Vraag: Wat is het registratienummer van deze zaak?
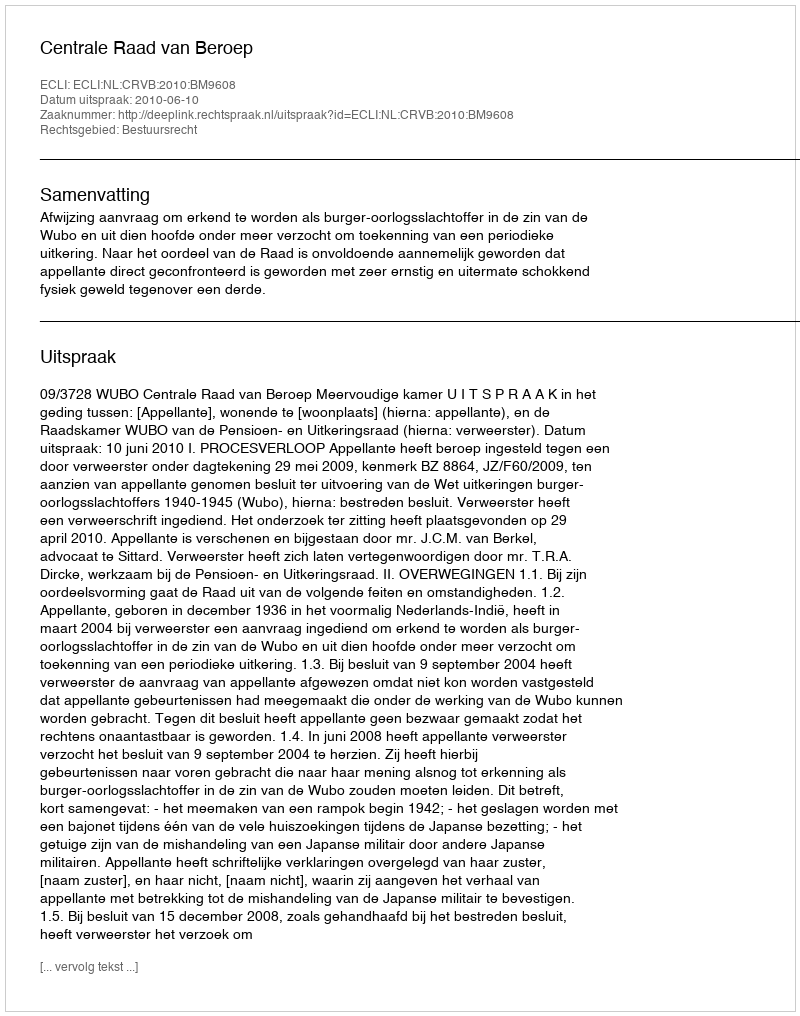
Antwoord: http://deeplink.rechtspraak.nl/uitspraak?id=ECLI:NL:CRVB:2010:BM9608